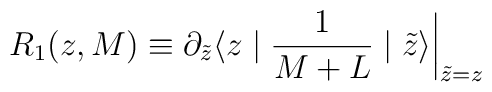
R_1(z,M) \equiv \partial_{\tilde z} \langle z \mid {1\over M+L} \mid \tilde z \rangle \biggl\vert_{\tilde z= z}